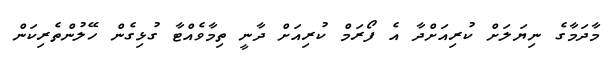
މާދަމާގެ ނިޔަލަށް ކުރިއަށްދާ އެ ފޯރަމް ކުރިއަށް ދާނީ ތިމާވެއްޓާ ގުޅިގެން ހޭލުންތެރިކަން